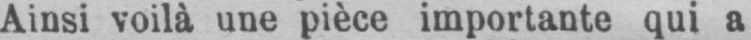
Ainsi voilà une pièce importante qui a